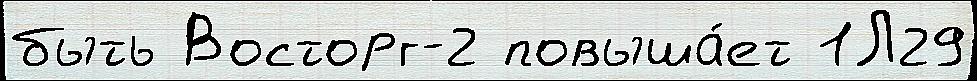
быть Восторг-2 повыша́ет 1Л29